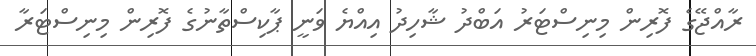
ރާއްޖޭގެ ފޮރިން މިނިސްޓަރު އަބްދު ޝާހިދު އިއްޔެ ވަނީ ޕާކިސްތާނުގެ ފޮރިން މިނިސްޓަރާ